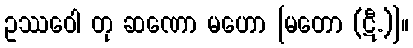
ဥဿဝေါ တု ဆဏော မဟော [မတော (ဋီ.)]။